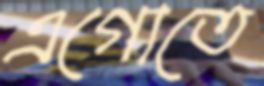
এগোতে